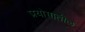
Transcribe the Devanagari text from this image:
प्रयोगातील